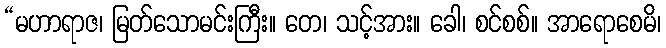
“မဟာရာဇ၊ မြတ်သောမင်းကြီး။ တေ၊ သင့်အား။ ခေါ၊ စင်စစ်။ အာရောစေမိ၊